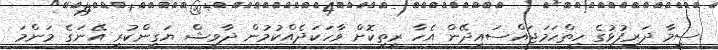
ސީމާ ދަރިފުޅުގެ ހިތްހަމަޖައްސައިދޭން އެހާ ރީތިކޮށް ވާހަކަދެއްކުމުން ދާވިޝް ޔަގީންކުރީ އޭނަގެ މަންމަ